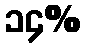
၁၄%